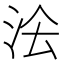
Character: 𭰅